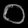
Digit: ၀